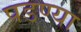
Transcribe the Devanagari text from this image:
पडण्या